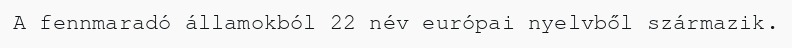
A fennmaradó államokból 22 név európai nyelvből származik.